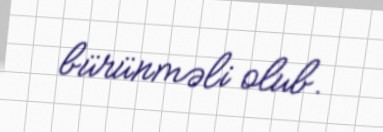
bürünməli olub.